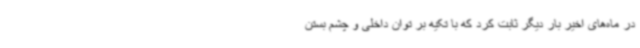
در ماه‌های اخیر بار دیگر ثابت کرد که با تکیه بر توان داخلی و چشم بستن